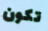
تكون